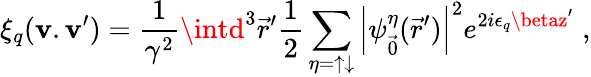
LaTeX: \xi_{q}(\mathbf{v}.\mathbf{v}^{\prime})=\frac{{1}}{{\gamma^{2}}}\intd^{3}{\vec{{r}}}^{\prime}\frac{{1}}{{2}}\sum_{\eta=\uparrow\downarrow}{\left\vert\psi_{\vec{{0}}}^{\eta}({\vec{{r}}}^{\prime})\right\vert}^{2}e^{2i\epsilon_{q}\betaz^{\prime}}\; ,